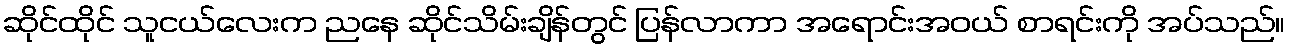
ဆိုင်ထိုင် သူငယ်လေးက ညနေ ဆိုင်သိမ်းချိန်တွင် ပြန်လာကာ အရောင်းအဝယ် စာရင်းကို အပ်သည်။